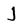
Character: J